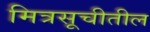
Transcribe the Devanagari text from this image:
मित्रसूचीतील